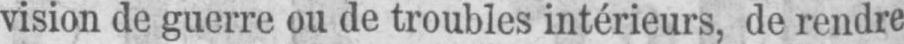
vision de guerre ou de troubles intérieurs, de rendre